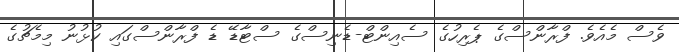
ވެސް މެއެވެ. ފްރާންސްގެ ޕެރިހުގެ ސެއިންޓް-ޑެނިސްގެ ސްޓާޑޭ ޑެ ފްރާންސްގައި ކުޅުނު މިމެޗުގެ